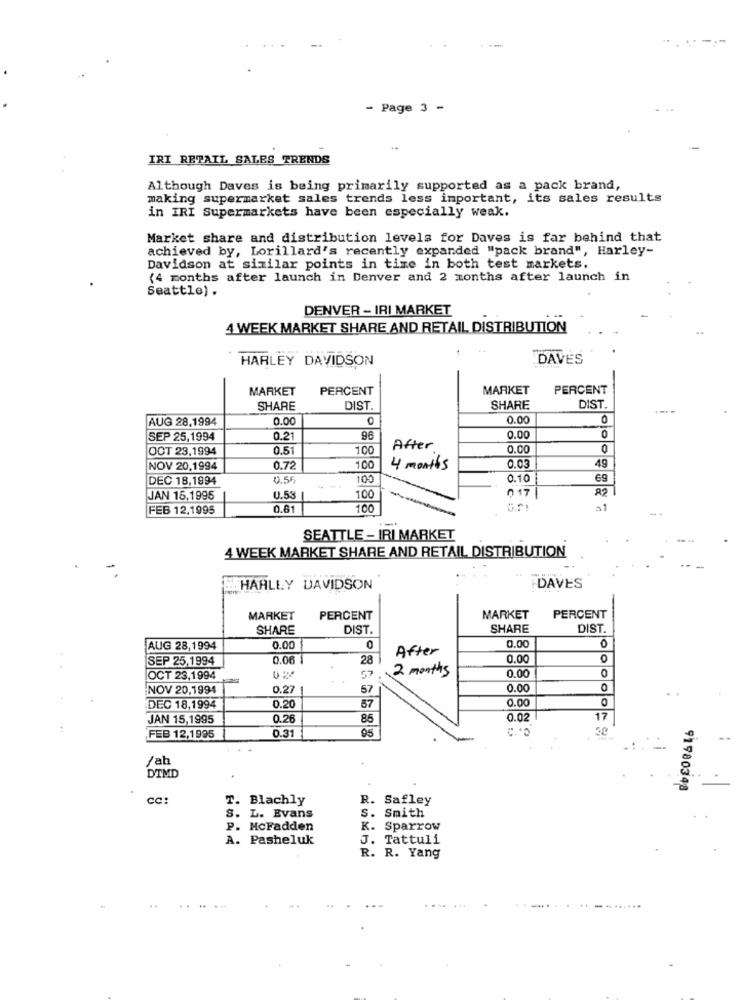
- Page 3 -
IRI RETAIL SALES TRENDS
Although Daves is being primarily supported as a pack brand,
making supermarket sales trends less important, its sales results
in IRI Supermarkets have been especially weak.
Market share and distribution levels for Daves is far behind that
achieved by, Lorillard's recently expanded "pack brand", Harley-
Davidson at similar points in time in both test markets.
(4 months after launch in Denver and 2 months after launch in
Seattle) .
DENVER - IRI MARKET
4 WEEK MARKET SHARE AND RETAIL DISTRIBUTION
HARLEY DAVIDSON
DAVES
MARKET
PERCENT
MARKET
PERCENT
SHARE
DIST.
SHARE
DIST.
AUG 28.1994
0.00
0
0.00
0
0
SEP 25,1994
0.21
96
0.00
OCT 23,1994
0.51
100
After
0.00
0
49
NOV 20,1994
0.72
100
4 months
0.03
DEC 18,1994
0.55
100
0.10
69
01
82
JAN 15,1995
0.5
100
FEB 12,1995
0.6
100
SEATTLE - IRI MARKET
4 WEEK MARKET SHARE AND RETAIL DISTRIBUTION
HARLEY DAVIDSON
DAVES
MARKET
PERCENT
MARKET
PERCENT
SHARE
DIST.
SHARE
DIST.
0
AUG 28,1994
0.00
0
After
0.00
SEP 25,1994
0.06
28
0.00
2 months
0.00
OCT 23,1994
57
NOV 20,1994
0.27
57
0.00
DEC 18,1994
0.20
57
JAN 15,1995
0.26
85
0.02
17
...
95
40
FEB 12,1995
0.31
/ab
DTMD
91980348
cc:
T. Blachly
R. Safley
S. Smith
S. L. Evans
P. McFadden
K. Sparrow
A. Pasheluk
J. Tattuli
R. R. Yang
.................